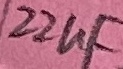
Text: 22uF